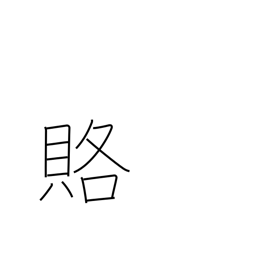
Meaning: bribe